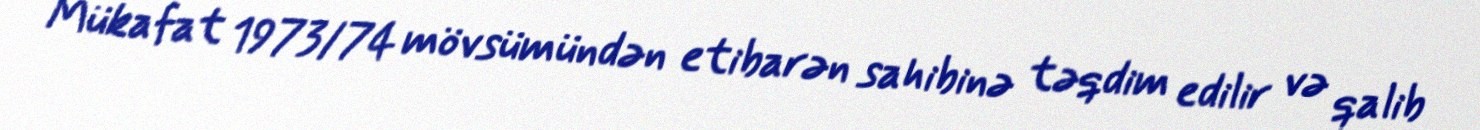
Mükafat 1973/74 mövsümündən etibarən sahibinə təqdim edilir və qalib